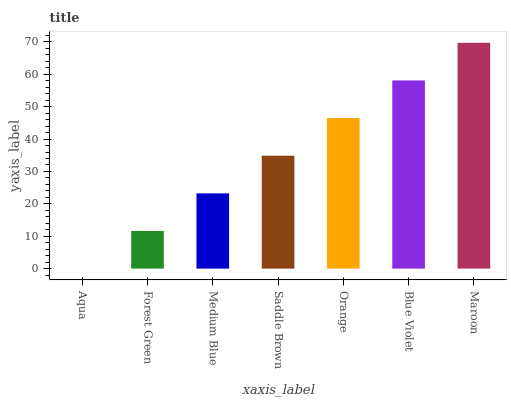
| xaxis_label | bars |
 | --- | --- |
 | Aqua | 0 |
 | Forest Green | 11.6 |
 | Medium Blue | 23.2 |
 | Saddle Brown | 34.9 |
 | Orange | 46.5 |
 | Blue Violet | 58.1 |
 | Maroon | 69.7 |